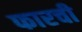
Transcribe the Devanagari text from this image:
फारची